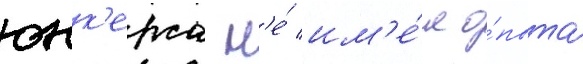
юнк'ерса н'е́ им'е́л о́пыта